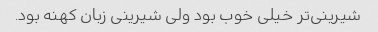
شیرینی‌تر خیلی خوب بود ولی شیرینی زبان کهنه بود.